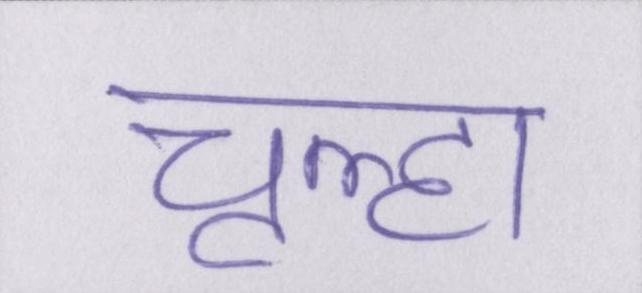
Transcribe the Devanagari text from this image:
चूल्हा